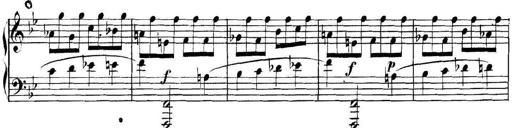
Title: Collected Piano Sonatas
Composer: Muzio Clementi